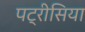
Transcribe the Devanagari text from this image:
पट्रीसिया